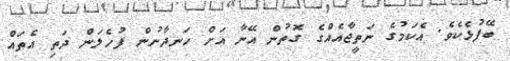
ބޭފުޅެކެވެ. އެކަމުގެ ނަތީޖާއެއްގެ ގޮތުން އޭނާ އަށް ހަނދާނުން ފުހެލަން ދަތި އެތައް